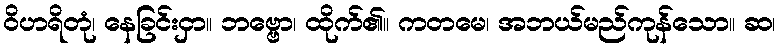
ဝိဟရိတုံ၊ နေခြင်းငှာ။ ဘဗ္ဗော၊ ထိုက်၏။ ကတမေ၊ အဘယ်မည်ကုန်သော။ ဆ၊